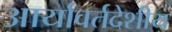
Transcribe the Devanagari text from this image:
आर्यावर्तदेशीय